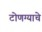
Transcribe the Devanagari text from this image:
टोणग्याचे